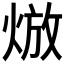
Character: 𤊦